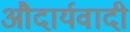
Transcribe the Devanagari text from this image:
औदार्यवादी